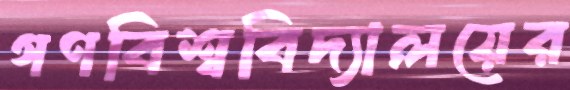
গণবিশ্ববিদ্যালয়ের